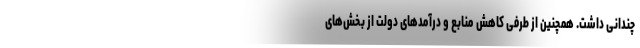
چندانی داشت. همچنین از طرفی کاهش منابع و درآمدهای دولت از بخش‌های